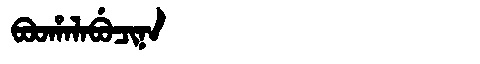
Manchu: ᠪᠣᠣᡥᠠᠯᠠᠪᡠᠴᡳᠨᠠ
Romanization: BOOHALABUCINA